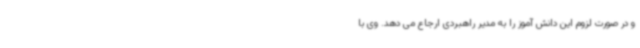
و در صورت لزوم این دانش آموز را به مدیر راهبردی ارجاع می دهد. وی با